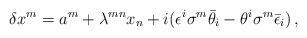
LaTeX: \begin{align*}\delta x^m = a^m + \lambda^{mn} x_n + i( \epsilon^i \sigma ^m\bar \theta_i - \theta^i \sigma ^m\bar \epsilon_i)\,,\end{align*}